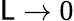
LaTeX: \mathsf{L}\rightarrow0